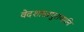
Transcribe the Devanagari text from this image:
वेदशास्त्रपुराणानि